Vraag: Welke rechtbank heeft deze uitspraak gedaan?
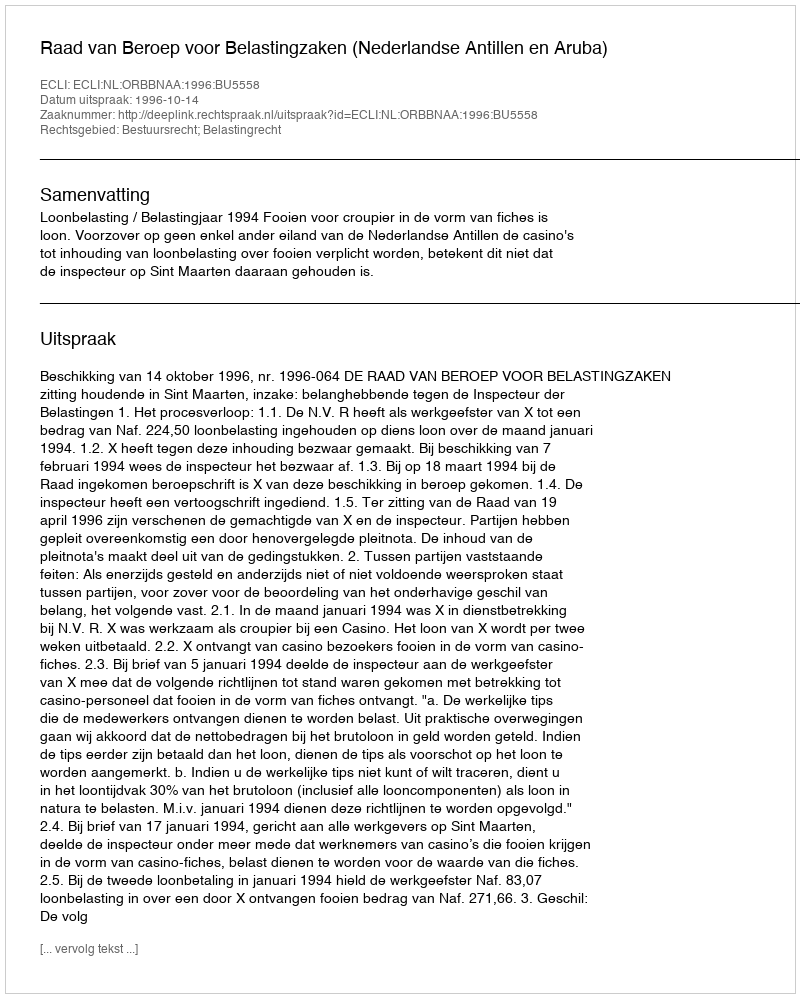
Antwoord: Raad van Beroep voor Belastingzaken (Nederlandse Antillen en Aruba)